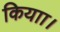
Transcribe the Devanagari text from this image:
कियाा।